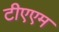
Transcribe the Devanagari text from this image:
टीएएम